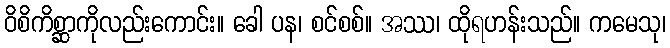
ဝိစိကိစ္ဆာကိုလည်းကောင်း။ ခေါ ပန၊ စင်စစ်။ အဿ၊ ထိုရဟန်းသည်။ ကမေသု၊